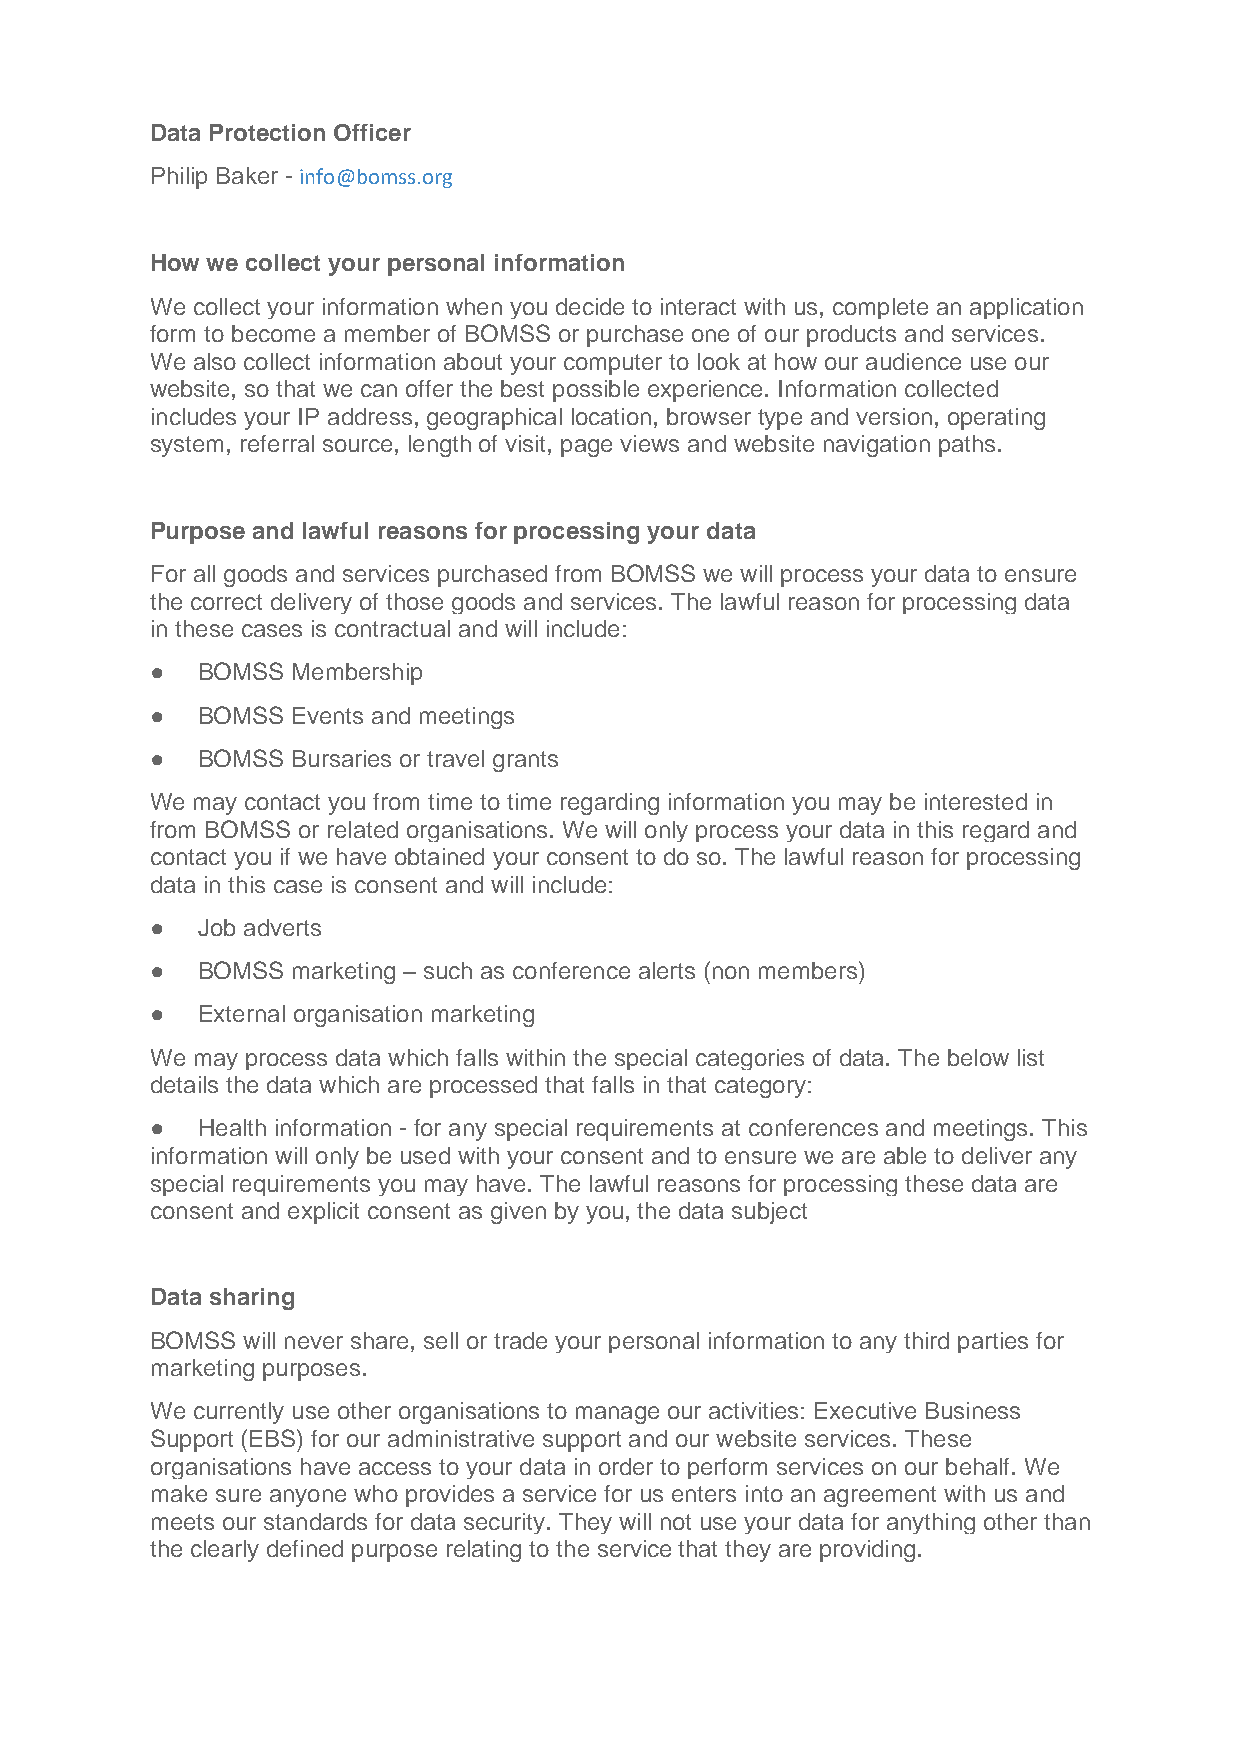
Data Protection Officer
 Philip Baker - info@bomss.org
 How we collect your personal information
 We collect your information when you decide to interact with us, complete an application
 form to become a member of BOMSS or purchase one of our products and services.
 We also collect information about your computer to look at how our audience use our
 website, so that we can offer the best possible experience. Information collected
 includes your IP address, geographical location, browser type and version, operating
 system, referral source, length of visit, page views and website navigation paths.
 Purpose and lawful reasons for processing your data
 For all goods and services purchased from BOMSS we will process your data to ensure
 the correct delivery of those goods and services. The lawful reason for processing data
 in these cases is contractual and will include:
 ●  BOMSS Membership
 ●  BOMSS Events and meetings
 ●  BOMSS Bursaries or travel grants
 We may contact you from time to time regarding information you may be interested in
 from BOMSS or related organisations. We will only process your data in this regard and
 contact you if we have obtained your consent to do so. The lawful reason for processing
 data in this case is consent and will include:
 ●  Job adverts
 ●  BOMSS marketing – such as conference alerts (non members)
 ●  External organisation marketing
 We may process data which falls within the special categories of data. The below list
 details the data which are processed that falls in that category:
 ●  Health information - for any special requirements at conferences and meetings. This
 information will only be used with your consent and to ensure we are able to deliver any
 special requirements you may have. The lawful reasons for processing these data are
 consent and explicit consent as given by you, the data subject
 Data sharing
 BOMSS will never share, sell or trade your personal information to any third parties for
 marketing purposes.
 We currently use other organisations to manage our activities: Executive Business
 Support (EBS) for our administrative support and our website services. These
 organisations have access to your data in order to perform services on our behalf. We
 make sure anyone who provides a service for us enters into an agreement with us and
 meets our standards for data security. They will not use your data for anything other than
 the clearly defined purpose relating to the service that they are providing.